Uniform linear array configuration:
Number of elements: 4
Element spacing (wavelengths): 0.25
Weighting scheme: binomial
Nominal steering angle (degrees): -15
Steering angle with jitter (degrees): -14.88
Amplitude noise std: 0.05
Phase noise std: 0.05

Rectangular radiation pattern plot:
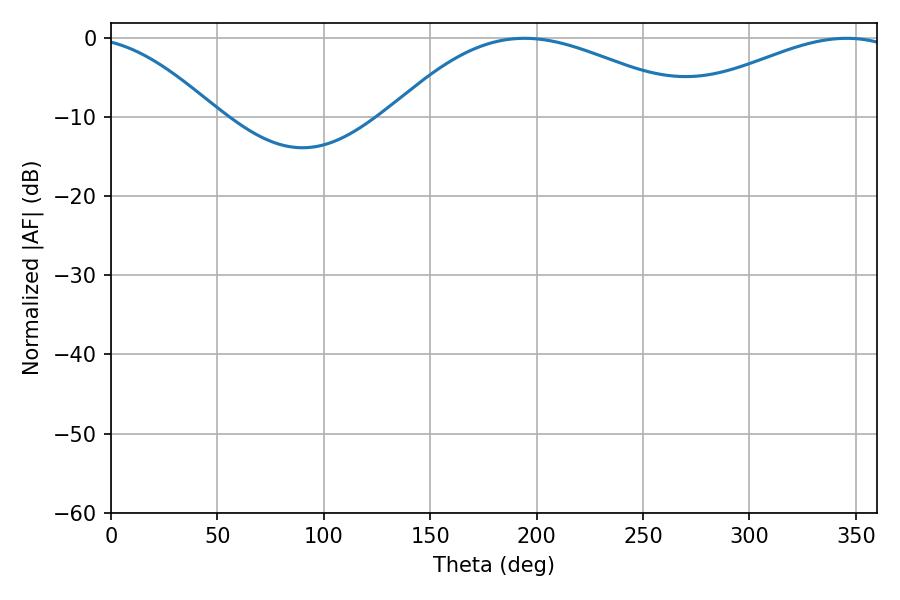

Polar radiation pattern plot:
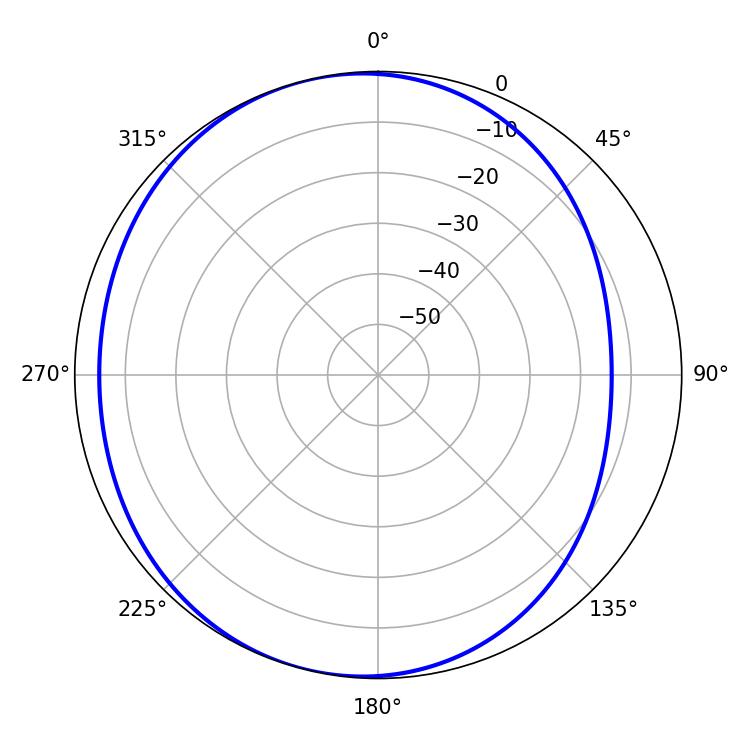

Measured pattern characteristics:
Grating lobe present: FALSE
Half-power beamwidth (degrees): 79.2
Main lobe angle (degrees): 194.22